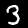
Label: 3